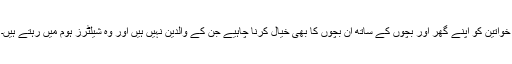
خواتین کو اپنے گھر اور بچوں کے ساتھ ان بچوں کا بھی خیال کرنا چاہیے جن کے والدین نہیں ہیں اور وہ شیلٹرز ہوم میں رہتے ہیں۔